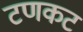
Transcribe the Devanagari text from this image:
टणकट